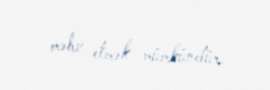
məhv etmək mümkündür.